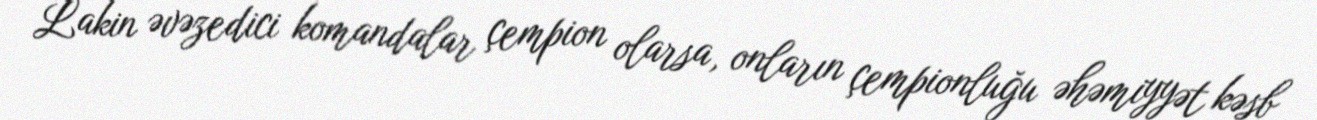
Lakin əvəzedici komandalar çempion olarsa, onların çempionluğu əhəmiyyət kəsb